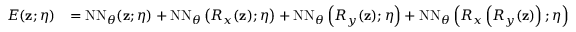
\begin{array} { r l } { E ( \mathbf { z } ; \boldsymbol { \eta } ) } & { = \mathrm { N N } _ { \boldsymbol { \theta } } ( \mathbf { z } ; \boldsymbol { \eta } ) + \mathrm { N N } _ { \boldsymbol { \theta } } \left( R _ { x } ( \mathbf { z } ) ; \boldsymbol { \eta } \right) + \mathrm { N N } _ { \boldsymbol { \theta } } \left( R _ { y } ( \mathbf { z } ) ; \boldsymbol { \eta } \right) + \mathrm { N N } _ { \boldsymbol { \theta } } \left( R _ { x } \left( R _ { y } ( \mathbf { z } ) \right) ; \boldsymbol { \eta } \right) } \end{array}